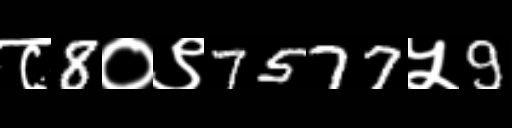
Text: ८8०९7577५9